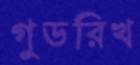
গুডরিখ